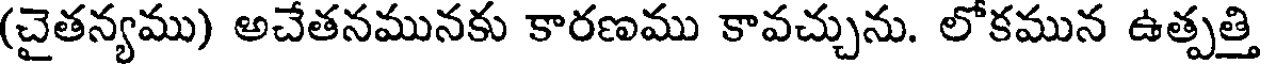
(చైతన్యము) అచేతనమునకు కారణము కావచ్చును. లోకమున ఉత్పత్తి